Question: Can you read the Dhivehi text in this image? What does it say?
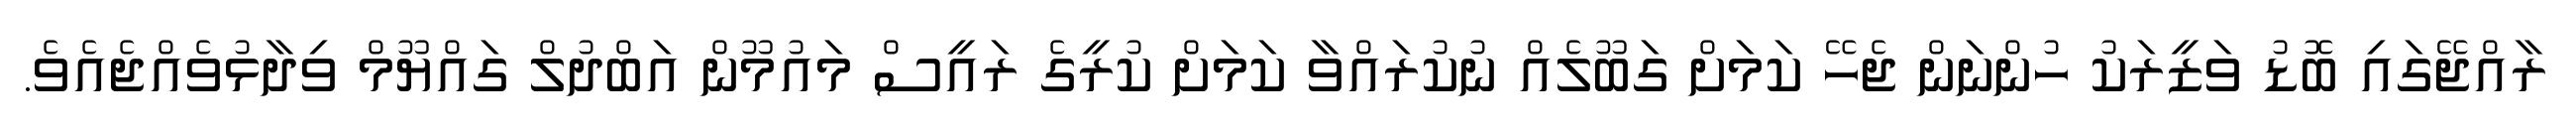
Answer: ރާއްޖޭގައި ބޮޑު ވަޒީރަކު ހުންނަން ޖެހޭ ކަމަށް ގަބޫލެއް ނުކުރައްވާ ކަމަށް ކުރީގެ ރައީސް މައުމޫން އަބްދުލް ގައްޔޫމް ވިދާޅުވެއްޖެއެވެ.